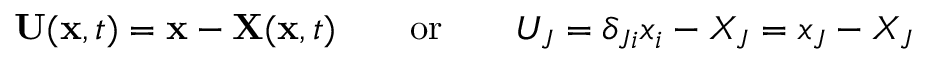
\ \mathbf { U } ( \mathbf { x } , t ) = \mathbf { x } - \mathbf { X } ( \mathbf { x } , t ) \qquad { \mathrm { o r } } \qquad U _ { J } = \delta _ { J i } x _ { i } - X _ { J } = x _ { J } - X _ { J }